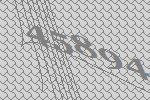
45894